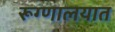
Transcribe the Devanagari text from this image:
रूग्‍णालयात